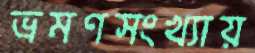
ভ্রমণসংখ্যায়